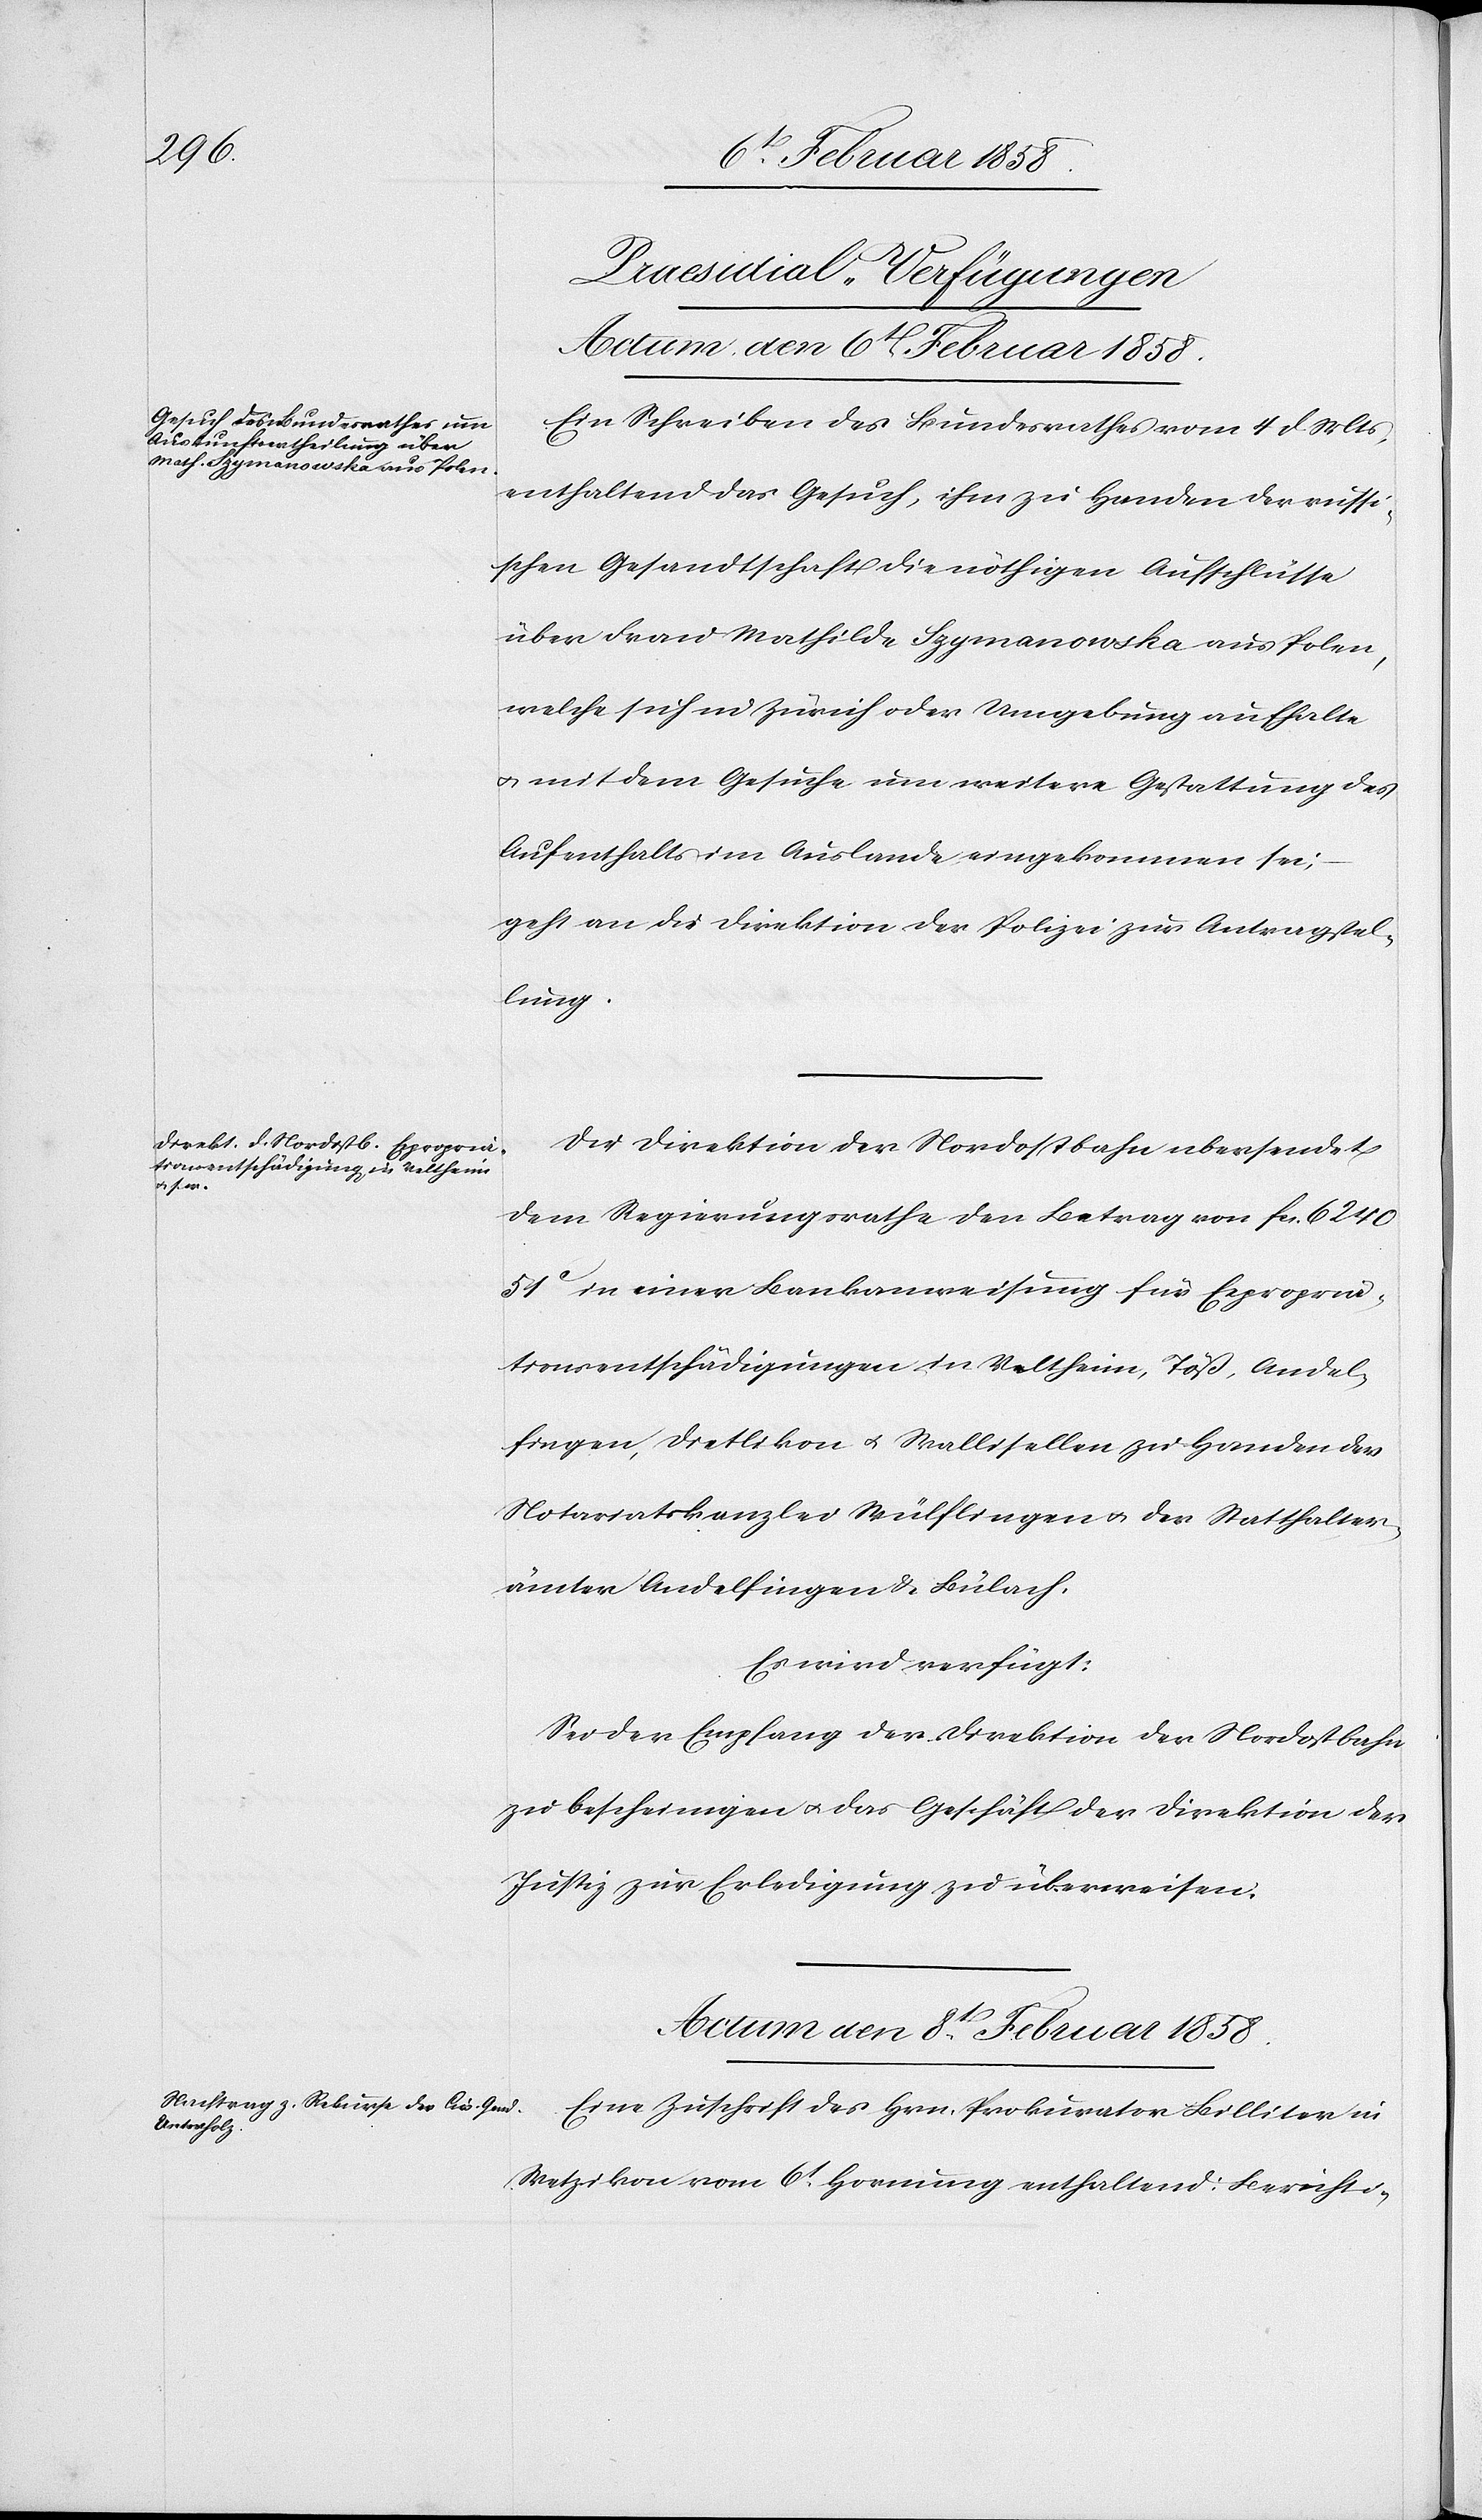
[Praesidial-Verfügungen]
Actum den 6t Februar 1858.
Ein Schreiben des Bundesrathes vom 4 d. Mts.,
enthaltend das Gesuch, ihm zu Handen der russi¬
schen Gesandtschaft die nöthigen Aufschlüsse
über Frau Mathilde Szymanowska aus Polen,
welche sich in Zürich oder Umgebung aufhalte
u. mit dem Gesuche um weitere Gestattung des
Aufenthalts im Auslande eingekommen sei,
geht an die Direktion der Polizei zur Antragstel¬
lung.
Die Direktion der Nordostbahn ubersendet
dem Regierungsrathe den Betrag von fcs. 6240
51 c in einer Bankanweisung für Expropria¬
tionsentschädigungen in Veltheim, Töß, Andel¬
fingen, Dietlikon u. Wallisellen zu Handen der
Notariatskanzlei Wülflingen u. der Statthalter¬
ämter Andelfingen & Bülach.
Es wird verfügt:
Sei der Empfang der Direktion der Nordostbahn
zu bescheinigen u. das Geschäft der Direktion der
Justiz zur Erledigung zu überweisen.
Actum den 8t Februar 1858.
Eine Zuschrift des Hrn. Prokurator Billiter in
Wetzikon vom 6t Hornung enthaltend: Berichti-